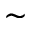
\sim